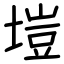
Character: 塏